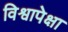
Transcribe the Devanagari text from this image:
विश्वापेक्षा